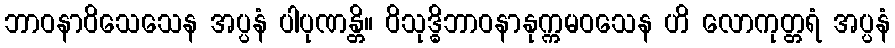
ဘာဝနာဝိသေသေန အပ္ပနံ ပါပုဏန္တိ။ ဝိသုဒ္ဓိဘာဝနာနုက္ကမဝသေန ဟိ လောကုတ္တရံ အပ္ပနံ